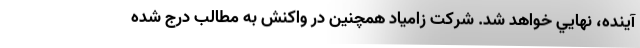
آينده، نهايي خواهد شد. شرکت زامیاد همچنین در واکنش به مطالب درج شده